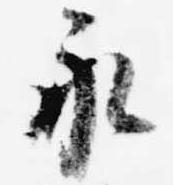
永